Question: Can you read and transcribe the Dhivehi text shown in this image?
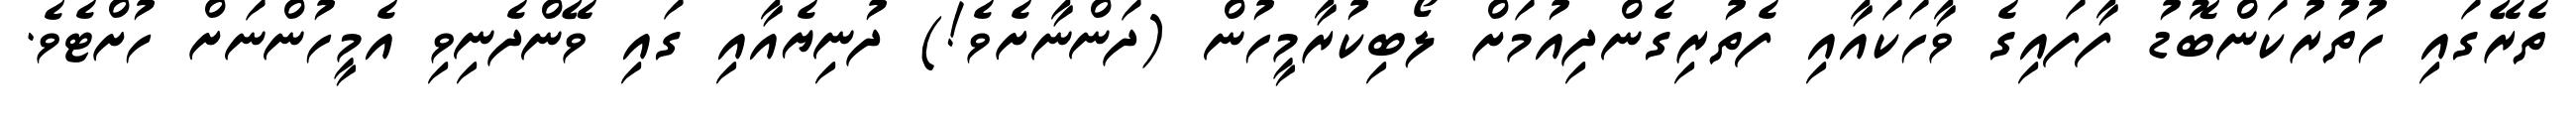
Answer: ތެރޭގައި ހުތުރުކަންބޮޑު ފާފައިގެ ވާހަކައާއި ފެތުރިގެންދިއުމަށް ލޯބިކުރާމީހުން (ދަންނާށެވެ!) ދުނިޔެއާއި ގައި ވޭންދެނިވި އެމީހުންނަށް ހުށްޓެވެ.